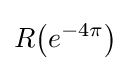
R{\big (}e^{-4\pi }{\big )}